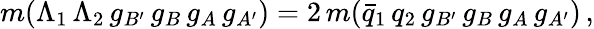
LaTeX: m(\Lambda_{1}\, \Lambda_{2}\, g_{B^{\prime}}\, g_{B}\, g_{A}\, g_{A^{\prime}})=2\, m(\bar{q}_{1}\, q_{2}\, g_{B^{\prime}}\, g_{B}\, g_{A}\, g_{A^{\prime}})\, ,